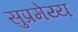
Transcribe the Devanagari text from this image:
सुप्रमेय्य